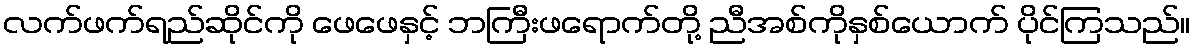
လက်ဖက်ရည်ဆိုင်ကို ဖေဖေနှင့် ဘကြီးဖရောက်တို့ ညီအစ်ကိုနှစ်ယောက် ပိုင်ကြသည်။